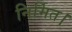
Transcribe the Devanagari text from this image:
निर्मित।